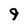
Character: 9